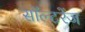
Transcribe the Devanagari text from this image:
सॉल्टरेंज